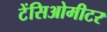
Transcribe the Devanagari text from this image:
टेंसिओमीटर